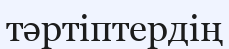
тәртіптердің